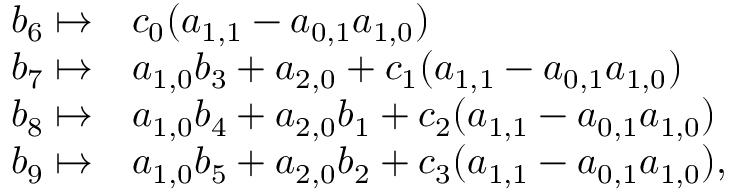
\begin{array} { r l } { b _ { 6 } \mapsto } & { c _ { 0 } ( a _ { 1 , 1 } - a _ { 0 , 1 } a _ { 1 , 0 } ) } \\ { b _ { 7 } \mapsto } & { a _ { 1 , 0 } b _ { 3 } + a _ { 2 , 0 } + c _ { 1 } ( a _ { 1 , 1 } - a _ { 0 , 1 } a _ { 1 , 0 } ) } \\ { b _ { 8 } \mapsto } & { a _ { 1 , 0 } b _ { 4 } + a _ { 2 , 0 } b _ { 1 } + c _ { 2 } ( a _ { 1 , 1 } - a _ { 0 , 1 } a _ { 1 , 0 } ) } \\ { b _ { 9 } \mapsto } & { a _ { 1 , 0 } b _ { 5 } + a _ { 2 , 0 } b _ { 2 } + c _ { 3 } ( a _ { 1 , 1 } - a _ { 0 , 1 } a _ { 1 , 0 } ) , } \end{array}